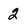
Character: 2